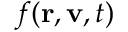
f ( \mathbf { r } , \mathbf { v } , t )